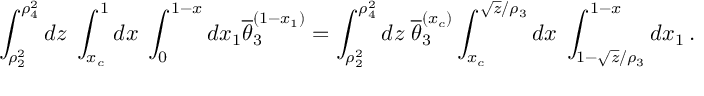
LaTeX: \int _ { \rho _ { 2 } ^ { 2 } } ^ { \rho _ { 4 } ^ { 2 } } d z \; \int _ { x _ { c } } ^ { 1 } d x \; \int _ { 0 } ^ { 1 - x } d x _ { 1 } \overline { { { \theta } } } _ { 3 } ^ { ( 1 - x _ { 1 } ) } = \int _ { \rho _ { 2 } ^ { 2 } } ^ { \rho _ { 4 } ^ { 2 } } d z \; \overline { { { \theta } } } _ { 3 } ^ { ( x _ { c } ) } \int _ { x _ { c } } ^ { \sqrt { z } / \rho _ { 3 } } d x \; \int _ { 1 - \sqrt { z } / \rho _ { 3 } } ^ { 1 - x } d x _ { 1 } \, .